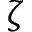
\zeta